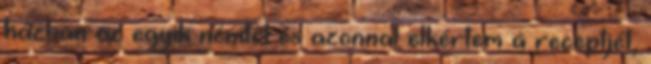
házban az egyik nénitől és azonnal elkértem a receptjét,